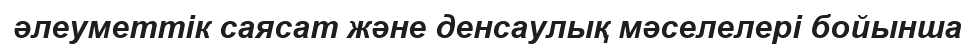
әлеуметтік саясат және денсаулық мәселелері бойынша